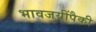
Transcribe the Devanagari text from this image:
भावजयींपैकी